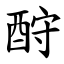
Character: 酧